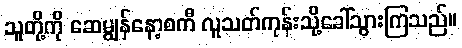
သူတို့ကို ဆေမျွန်နော့စကီ လူသတ်ကုန်းသို့ခေါ်သွားကြသည်။